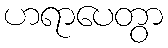
ဟရာပေတွာ